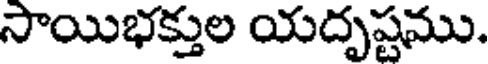
సాయిభక్తుల యదృష్టము.